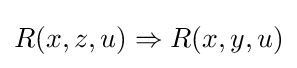
R(x,z,u)\Rightarrow R(x,y,u)